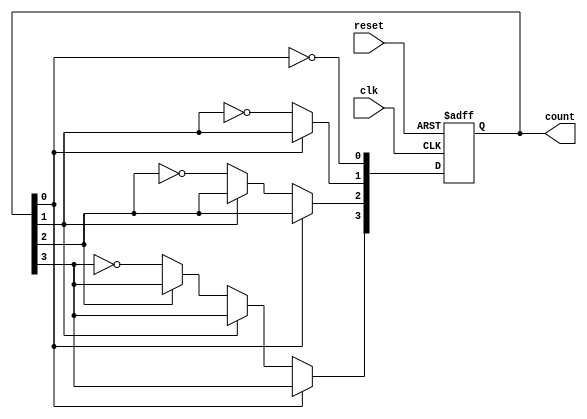
module asynchronous_counter (
    input wire clk,          // Clock input
    input wire reset,        // Asynchronous reset input
    output reg [n-1:0] count // Counter output
);
    parameter n = 4; // Number of bits (adjust as needed)

    // Asynchronous reset and counter logic
    always @(posedge clk or posedge reset) begin
        if (reset) begin
            count <= 0; // Reset the counter to 0
        end else begin
            // Ripple Counter Logic
            count[0] <= ~count[0]; // Toggle LSB
            if (count[0] == 1'b0) begin
                count[1] <= ~count[1]; // Toggle next bit if LSB goes from 1 to 0
                if (count[1] == 1'b0) begin
                    count[2] <= ~count[2]; // Toggle next bit if second bit goes from 1 to 0
                    if (count[2] == 1'b0) begin
                        count[3] <= ~count[3]; // Toggle next bit if third bit goes from 1 to 0
                        // Add more bits if needed
                    end
                end
            end
        end
    end
endmodule